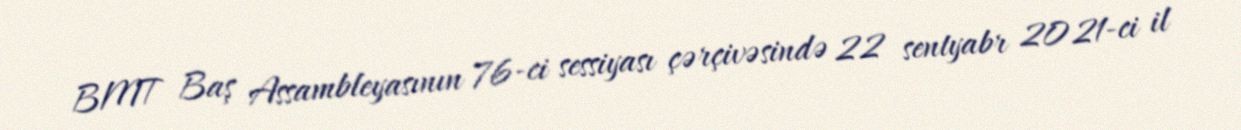
BMT Baş Assambleyasının 76-ci sessiyası çərçivəsində 22 sentyabr 2021-ci il